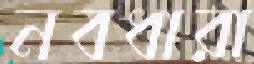
নবধারা